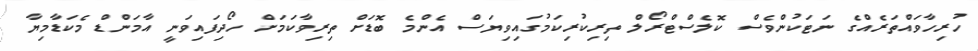
ހުރިހާވައްތަރެއްގެ ނަޓަކުންވެސް ކޮލެސްޓްރޯލް ތިރިކުރިކަމުގައިވިޔަސް އެންމެ ބޮޑަށް ތިރިވާކަމަށް ހޯދިފައިވަނީ އާމަންޑް މެކަޑާމިޔާ